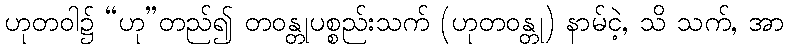
ဟုတဝါ၌ “ဟု”တည်၍ တဝန္တုပစ္စည်းသက် (ဟုတဝန္တု) နာမ်ငဲ့, သိ သက်, အာ